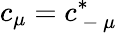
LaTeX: c_{\mu}=c_{\mathrm{~-~}\mu}^{*}